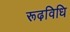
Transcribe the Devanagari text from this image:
रूढ़विधि